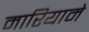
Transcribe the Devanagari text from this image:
मारियामे